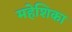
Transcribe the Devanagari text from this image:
महेशिका